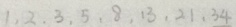
1 , 2 , 3 , 5 , 8 , 1 3 , 2 1 , 3 4